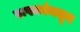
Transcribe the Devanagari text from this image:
रूपकांमधून